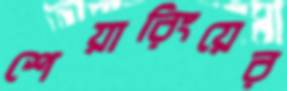
শেয়ারিংয়ের